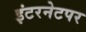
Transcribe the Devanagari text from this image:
इंटरनेटपर